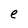
Character: e